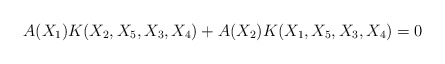
\begin{align*} A(X_1) K(X_2,X_5,X_3,X_4) + A(X_2) K(X_1,X_5,X_3,X_4) = 0\end{align*}